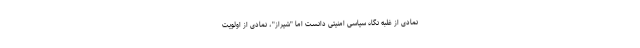
نمادی از غلبه نگاه سیاسی امنیتی دانست اما "شیراز"، نمادی از اولویت